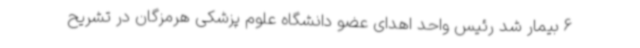
6 بیمار شد رئیس واحد اهدای عضو دانشگاه علوم پزشکی هرمزگان در تشریح